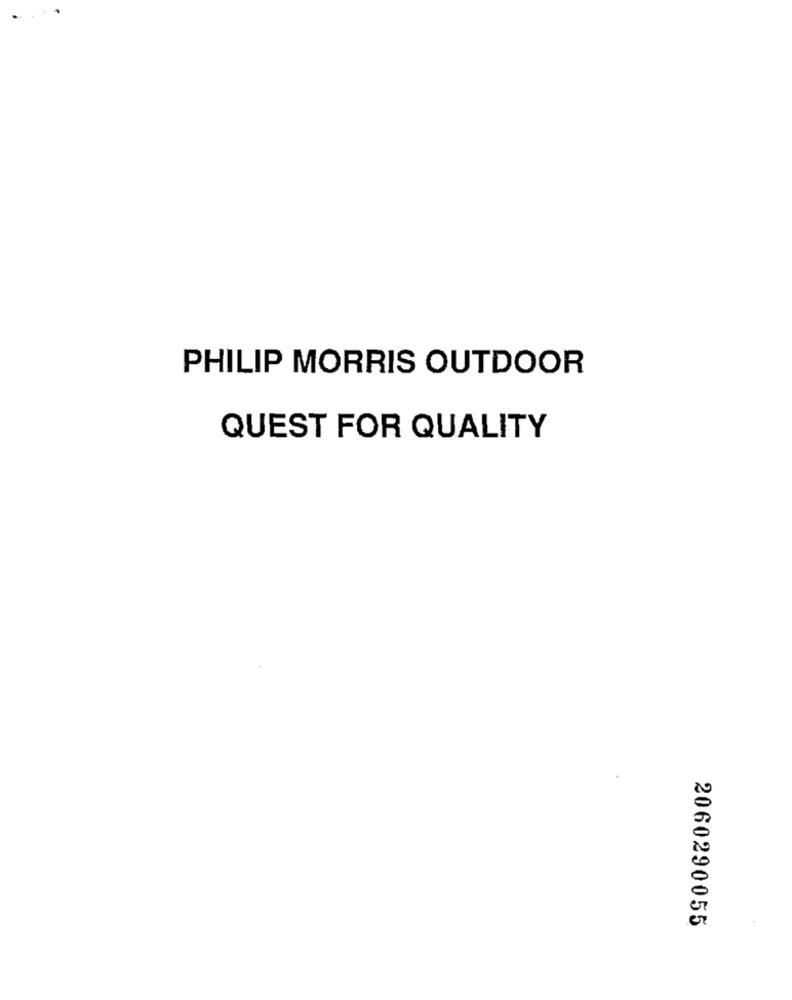
PHILIP MORRIS OUTDOOR
QUEST FOR QUALITY
2060290055